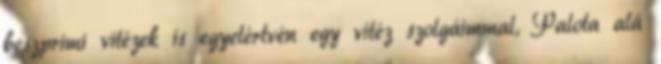
beszprimi vitézek is egyetértvén egy vitéz szolgáimmal, Palota alá